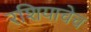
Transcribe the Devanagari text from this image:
रशियाचेच